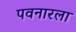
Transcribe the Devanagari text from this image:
पवनारला